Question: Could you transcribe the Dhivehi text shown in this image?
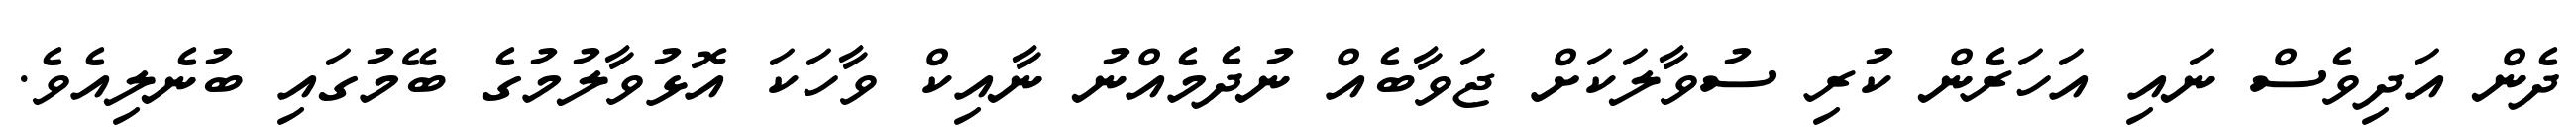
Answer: ދެން އަދިވެސް ނައި އަހަރެން ކުރި ސުވާލަކަށް ޖަވާބެއް ނުދެމެއްނު ނާއިކް ވާހަކަ އޮޅުވާލުމުގެ ބޭމުގައި ބުނެލިއެވެ.